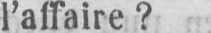
l’affaire?